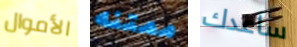
الأموال ممتنه ساعدك